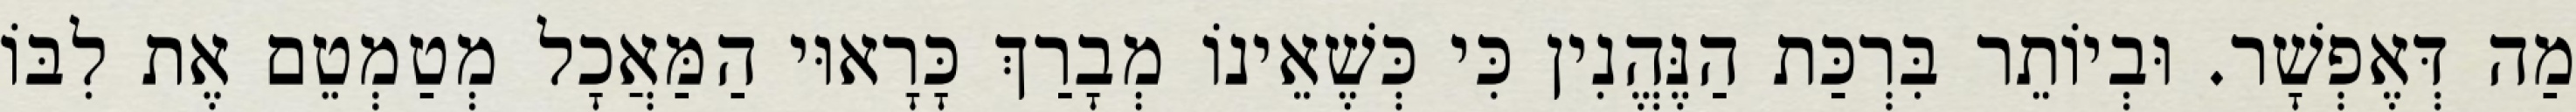
מַה דְּאֶפְשָׁר. וּבְיוֹתֵר בִּרְכַּת הַנֶּהֱנִין כִּי כְּשֶׁאֵינוֹ מְבָרַךְ כָּרָאוּי הַמַּאֲכָל מְטַמְטֵם אֶת לִבּוֹ